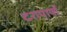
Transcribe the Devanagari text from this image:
दशपापों